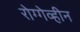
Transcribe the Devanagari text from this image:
रोग्गेव्हीन